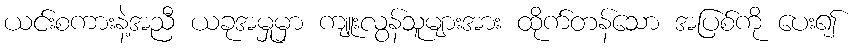
ယင်းစကားနဲ့အညီ ယခုအမှုမှာ ကျူးလွန်သူများအား ထိုက်တန်သော အပြစ်ကို ပေး၍